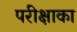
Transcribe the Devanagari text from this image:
परीक्षाका